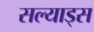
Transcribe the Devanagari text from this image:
सल्याड्स